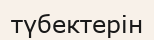
түбектерін